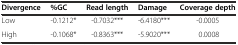
| Divergence | %GC | Read length | Damage | Coverage depth |
 | --- | --- | --- | --- | --- |
 | Low | -0.1212* | -0.7032*** | -6.4180*** | -0.0005 |
 | High | -0.1068* | -0.8363*** | -5.9020*** | 0.0008 |